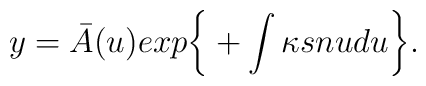
y={\bar A}(u) exp\bigg\{+\int\kappa sn u du\bigg\}.